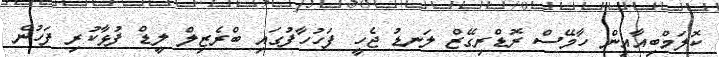
ކޮލަމްބިއާއިން ހާމޭސް ރޮޑްރިގޭޒް ލަނޑު ޖެހީ ފަހުހާފުގައި ބްރެޒިލް ލީޑް ފުޅާކުރި ފަހުން